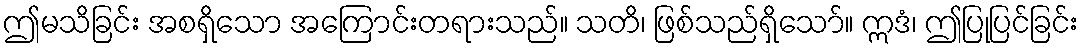
ဤမသိခြင်း အစရှိသော အကြောင်းတရားသည်။ သတိ၊ ဖြစ်သည်ရှိသော်။ ဣဒံ၊ ဤပြုပြင်ခြင်း